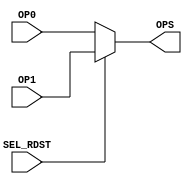
module muxrdst(
    input SEL_RDST,
    input [4:0]OP0,
    input [4:0]OP1,
    output reg [4:0]OPS
);

always@*
	begin
		if(SEL_RDST==0)
			OPS=OP0;
		else
			OPS=OP1;
	end

endmodule